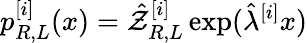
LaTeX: p_{R,L}^{[i]}(x)=\hat{\mathcal{Z}}_{R,L}^{[i]}\exp(\hat{\lambda}^{[i]}x)